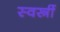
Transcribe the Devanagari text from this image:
स्वस्त्रीं